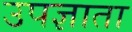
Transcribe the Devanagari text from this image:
उपज्ञाता